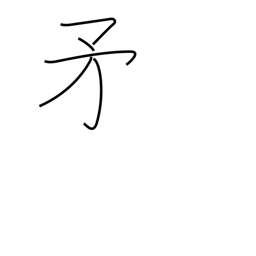
Meaning: halberd